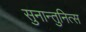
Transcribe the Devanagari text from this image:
सुनान्तुनित्स